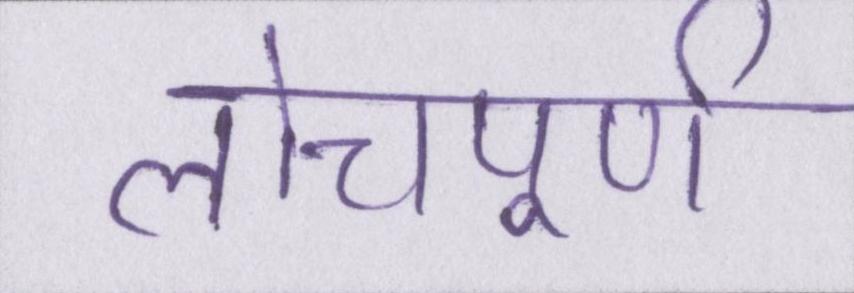
लोचपूर्ण